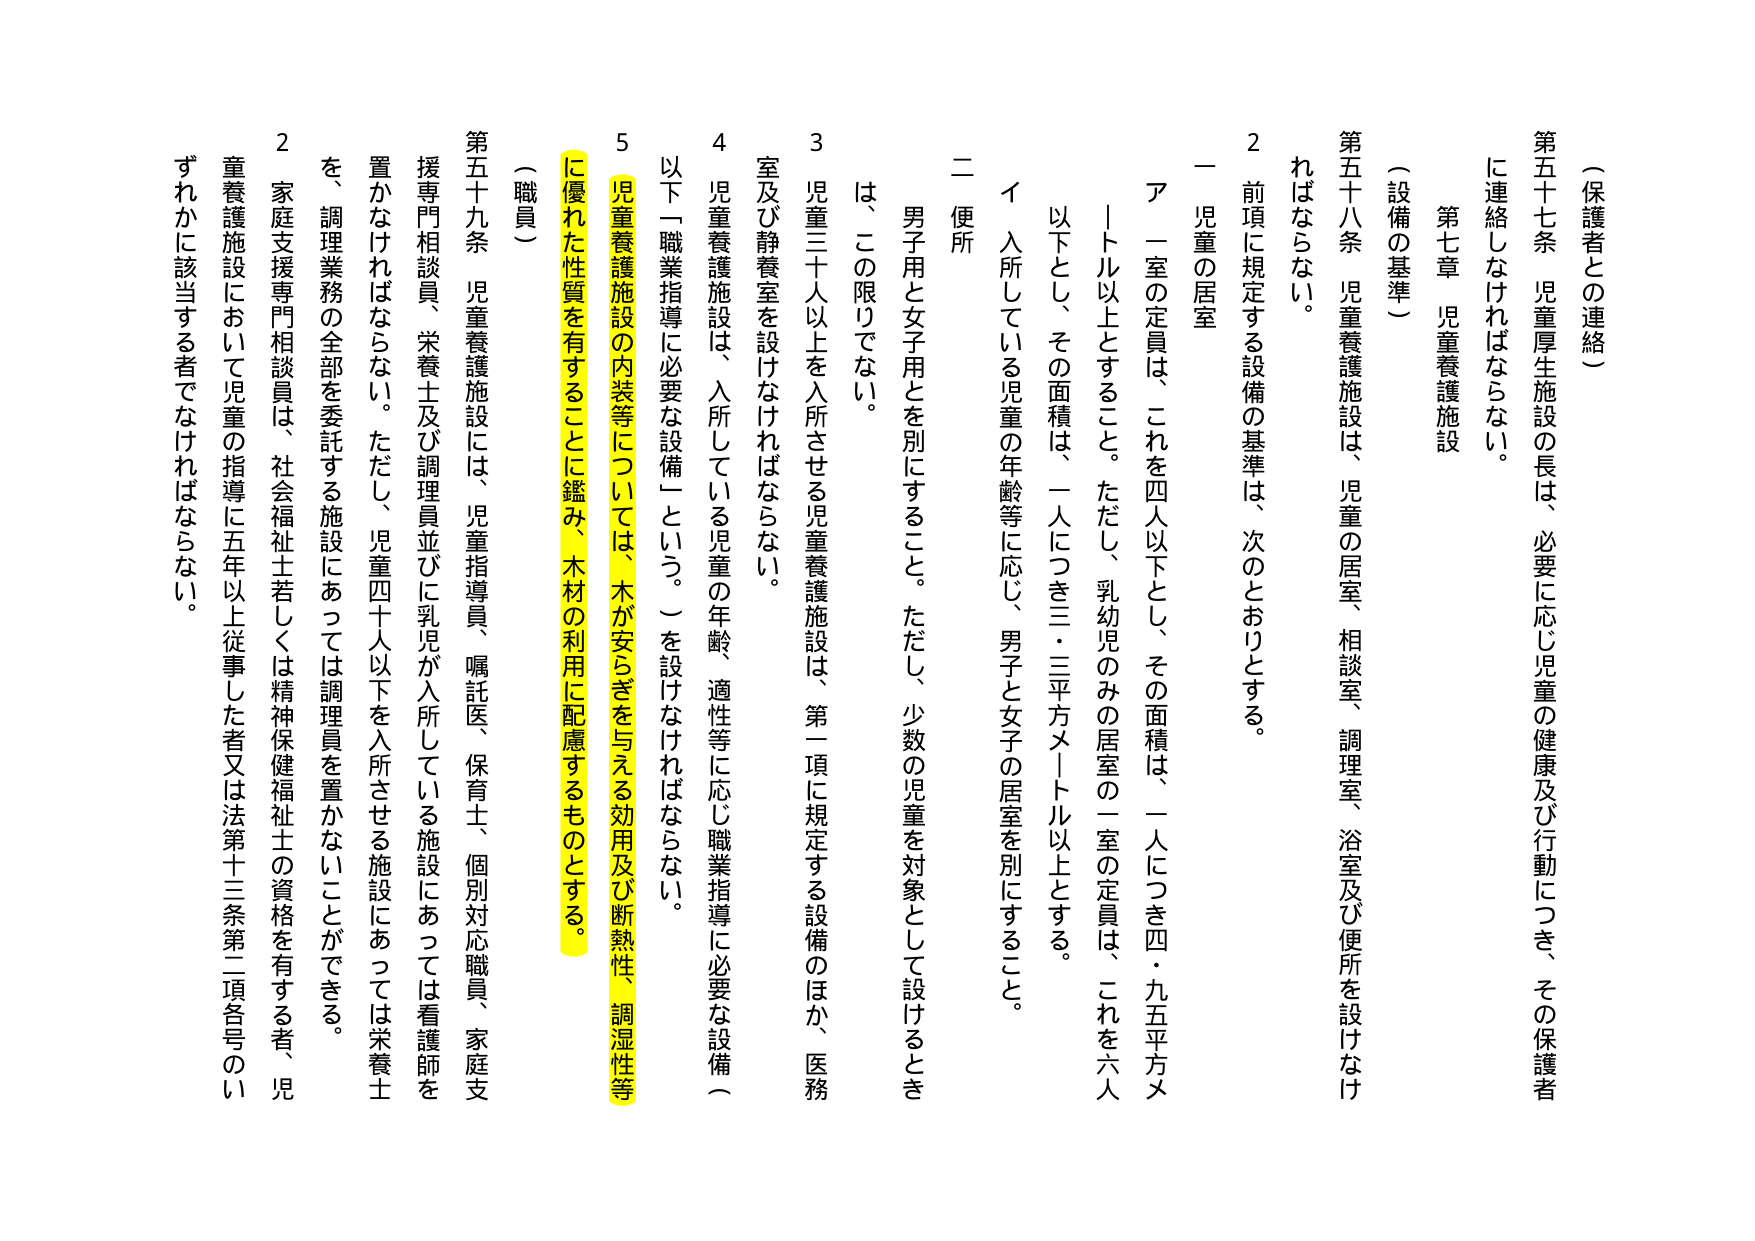
（保護者との連絡）

第五十七条 児童厚生施設の長は、必要に応じ児童の健康及び行動につき、その保護者に連絡しなければならない。

第七章 児童養護施設

（設備の基準）

第五十八条 児童養護施設は、児童の居室、相談室、調理室、浴室及び便所を設けなければならない。

２ 前項に規定する設備の基準は、次のとおりとする。

一 児童の居室

ア 一室の定員は、これを四人以下とし、その面積は、一人につき四・九五平方メートル以上とすること。ただし、乳幼児のみの居室の一室の定員は、これを六人以下とし、その面積は、一人につき三・三平方メートル以上とする。

イ 入所している児童の年齢等に応じ、男子と女子の居室を別にすること。

二 便所

男子用と女子用とを別にすること。ただし、少数の児童を対象として設けるときは、この限りでない。

３ 児童三十人以上を入所させる児童養護施設は、第一項に規定する設備のほか、医務室及び静養室を設けなければならない。

４ 児童養護施設は、入所している児童の年齢、適性等に応じ職業指導に必要な設備（以下「職業指導に必要な設備」という。）を設けなければならない。

５ 児童養護施設の内装等については、木が安らぎを与える効用及び断熱性、調湿性等に優れた性質を有することに鑑み、木材の利用に配慮するものとする。

（職員）

第五十九条 児童養護施設には、児童指導員、嘱託医、保育士、個別対応職員、家庭支援専門相談員、栄養士及び調理員並びに乳児が入所している施設にあっては看護師を置かなければならない。ただし、児童四十人以下を入所させる施設にあっては栄養士を、調理業務の全部を委託する施設にあっては調理員を置かないことができる。

２ 家庭支援専門相談員は、社会福祉士若しくは精神保健福祉士の資格を有する者、児童養護施設において児童の指導に五年以上従事した者又は法第十三条第二項各号のいずれかに該当する者でなければならない。